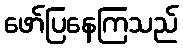
ဖော်ပြနေကြသည်